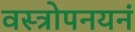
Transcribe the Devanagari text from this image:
वस्त्रोपनयनं